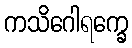
ကသိဂေါရက္ခေ